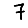
Digit: 7